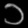
Digit: ၁